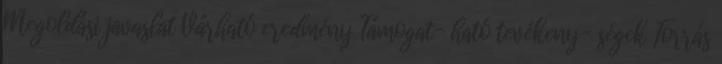
Megoldási javaslat Várható eredmény Támogat- ható tevékeny- ségek Forrás